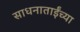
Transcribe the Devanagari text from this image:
साधनाताईंच्या